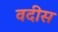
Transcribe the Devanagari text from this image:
वदीस